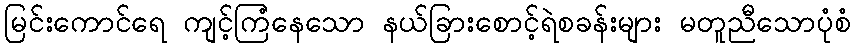
မြင်းကောင်ရေ ကျင့်ကြံနေသော နယ်ခြားစောင့်ရဲစခန်းများ မတူညီသောပုံစံ